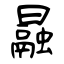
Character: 曧